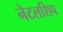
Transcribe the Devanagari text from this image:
नेटलशिप